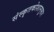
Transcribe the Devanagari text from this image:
संस्कृतकोशानुसार